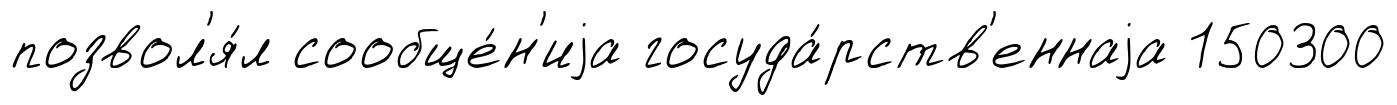
позвол'я́л сообще́н'иjа госуда́рств'еннаjа 150300